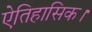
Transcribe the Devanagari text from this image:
ऐतिहासिक।